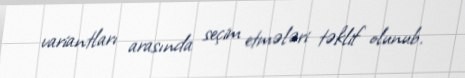
variantları arasında seçim etmələri təklif olunub.